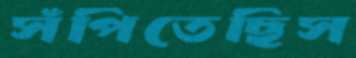
সঁপিতেছিস